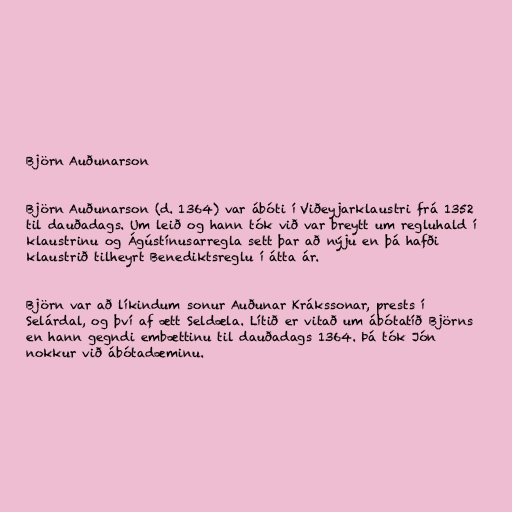
Björn Auðunarson

Björn Auðunarson (d. 1364) var ábóti í Viðeyjarklaustri frá 1352
til dauðadags. Um leið og hann tók við var breytt um regluhald í
klaustrinu og Ágústínusarregla sett þar að nýju en þá hafði
klaustrið tilheyrt Benediktsreglu í átta ár.

Björn var að líkindum sonur Auðunar Krákssonar, prests í
Selárdal, og því af ætt Seldæla. Lítið er vitað um ábótatíð Björns
en hann gegndi embættinu til dauðadags 1364. Þá tók Jón
nokkur við ábótadæminu.